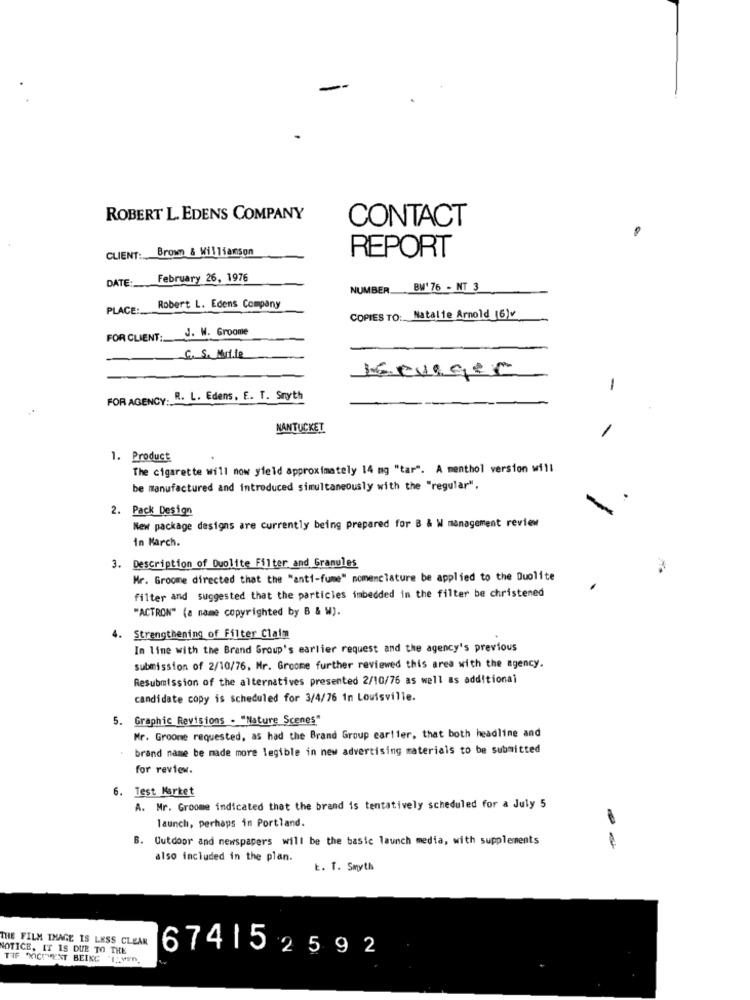
ROBERT L. EDENS COMPANY
CONTACT
Brown & Williamson
REPORT
CLIENT :..
DATE-
February 26, 1976
NUMBER BW' 76 - NT 3
PLACE:
Robert L. Edens Company
COPIES TO: Natalie Arnold (6)v
J. W. Groome
FOR CLIENT:
C. S. NUL.le
Beveger
-
FOR AGENCY. R. L. Edens, E. T. Smyth
NANTUCKET
1. Product
The cigarette will now yield approximately 14 mg "tar". A menthol version will
be manufactured and introduced simultaneously with the "regular".
2. Pack Design
New package designs are currently being prepared for B & W management review
in March.
3. Description of Duolite Filter and Granules
Mr. Groome directed that the "anti-fume" nomenclature be applied to the Duolite
filter and suggested that the particles imbedded in the filter be christened
"ACTRON" (a name copyrighted by B & W).
Strengthening of Filter Claim
In line with the Brand Group's earlier request and the agency's previous
submission of 2/10/76, Mr. Groome further reviewed this area with the agency.
Resubmission of the alternatives presented 2/10/76 as well as additional
candidate copy is scheduled for 3/4/76 in Louisville.
Graphic Revisions . "Nature Scenes"
Mr. Groome requested, as had the Brand Group earlier, that both headline and
brand name be made more legible in new advertising materials to be submitted
for review.
6. Test Market
A. Mr. Groome indicated that the brand is tentatively scheduled for a July 5
launch, perhaps in Portland.
B.
Outdoor and newspapers will be the basic launch media, with supplements
also included in the plan.
E. T. Smyth
THE FILM IMAGE IS LESS CLEAR
NOTICE, IT IS DUE TO THE
TIF YICIVENT BEING "IWn,
674152592